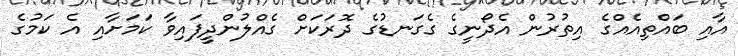
އާއި ބައްތިއެއްގެ އިތުރުން އެދޯނީގެ ގެގަނޑުގެ ދޮރަކަށް ގެއްލުންދީފައިވާ ކަމަށާއި އެ ކަމުގެ